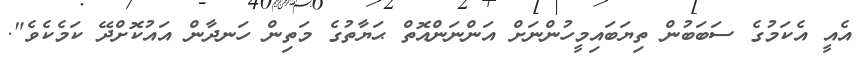
އެއީ އެކަމުގެ ސަބަބުން ތިޔަބައިމީހުންނަށް އަންނަންއޮތް ޙަޔާތުގެ މަތިން ހަނދާން އައުކޮށްދޭ ކަމެކެވެ".